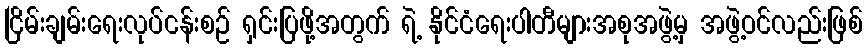
ငြိမ်းချမ်းရေးလုပ်ငန်းစဉ် ရှင်းပြဖို့အတွက် ရဲ့ နိုင်ငံရေးပါတီများအစုအဖွဲ့မှ အဖွဲ့ဝင်လည်းဖြစ်